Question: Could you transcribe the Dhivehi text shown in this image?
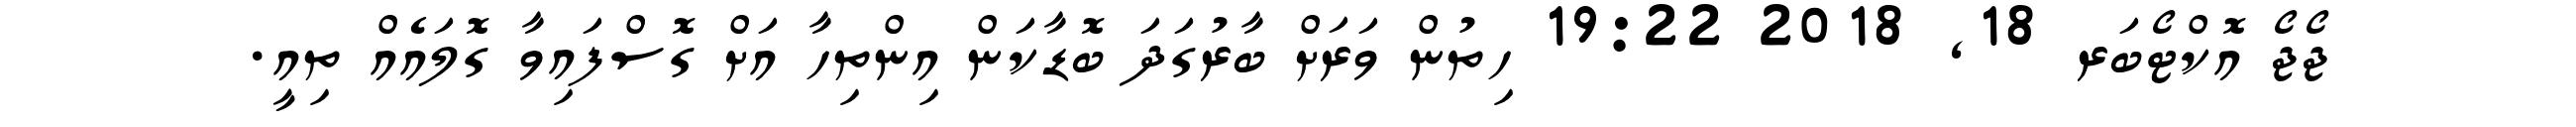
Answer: ޖޯޖޯ އޮކްޓޯބަރ 18, 2018 19:22 ހިތުން ވަރަށް ބާރުގަދަ ބޮޑާކަން އިންތިހާ އަށް ގޮސްފައިވާ ގޮލައެއް ތިއީ.